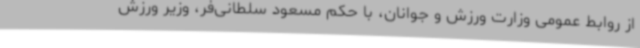
از روابط عمومی وزارت ورزش و جوانان، با حکم مسعود سلطانی‌فر، وزیر ورزش